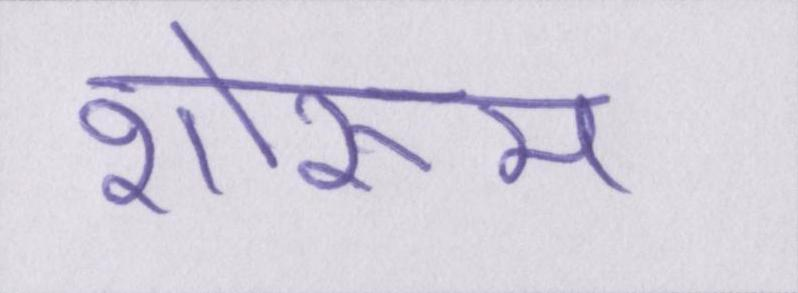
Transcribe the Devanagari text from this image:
शोरूम